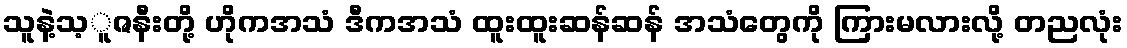
သူနဲ့သ့ူဇနီးတို့ ဟိုကအသံ ဒီကအသံ ထူးထူးဆန်ဆန် အသံတွေကို ကြားမလားလို့ တညလုံး